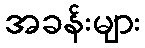
အခန်းများ